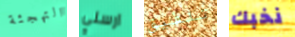
التهجئة ارسلي تلفيق نخبك